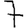
Digit: 7